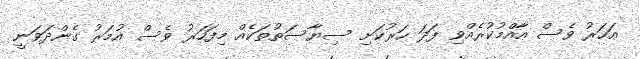
އަހަރު ވެސް އާއްމުކުރެއްވި ފަދަ ހަރުކަށި ސިޔާސަތުތަކެއް މިފަހަރު ވެސް އުމަރު ގެންދަވަނީ